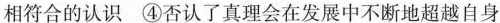
相符合的认识 ④否认了真理会在发展中不断地超越自身